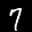
Label: 7